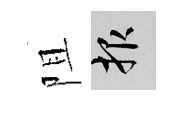
阻報